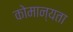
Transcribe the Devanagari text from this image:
कोमान्यता